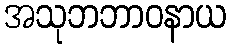
အသုဘဘာဝနာယ